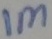
Text: 1M